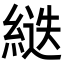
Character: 𦂾